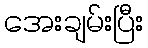
အေးချမ်းပြီး